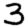
Digit: 3